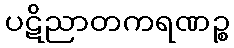
ပဋိညာတကရဏဉ္စ